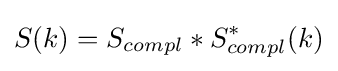
S(k)=S_{compl}*S_{compl}^{*}(k)